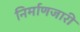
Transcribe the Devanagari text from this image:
निर्माणजारी